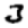
Digit: 3